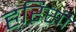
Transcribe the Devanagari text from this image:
हरिसी